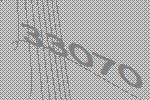
33070